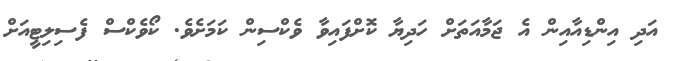
އަދި އިންޑިއާއިން އެ ޖަމާއަތަށް ހަދިޔާ ކޮށްފައިވާ ވެކްސިން ކަމަށެވެ. ކޯވެކްސް ފެސިލިޓީއަށް